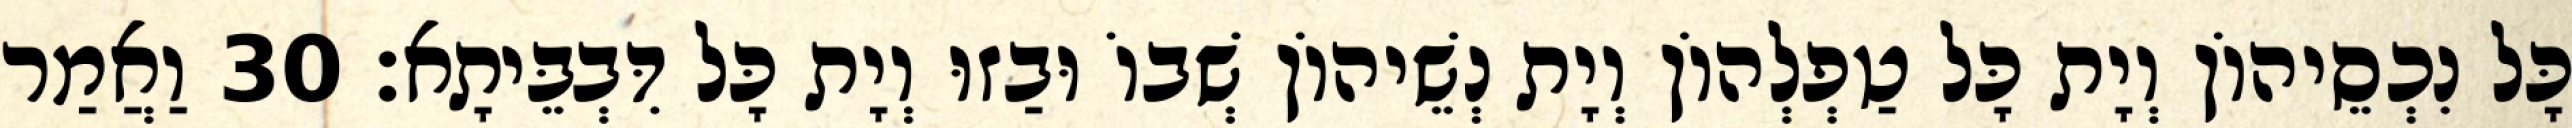
כָּל נִכְסֵיהוֹן וְיָת כָּל טַפְלְהוֹן וְיָת נְשֵׁיהוֹן שְׁבוֹ וּבַזוּ וְיָת כָּל דִּבְבֵּיתָא׃ 30 וַאֲמַר